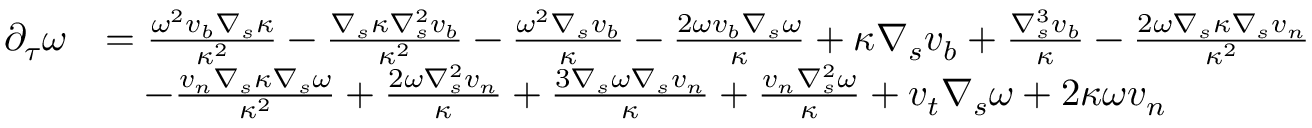
\begin{array} { r l } { \partial _ { \tau } \omega } & { = \frac { \omega ^ { 2 } v _ { b } \nabla _ { s } \kappa } { \kappa ^ { 2 } } - \frac { \nabla _ { s } \kappa \nabla _ { s } ^ { 2 } v _ { b } } { \kappa ^ { 2 } } - \frac { \omega ^ { 2 } \nabla _ { s } v _ { b } } { \kappa } - \frac { 2 \omega v _ { b } \nabla _ { s } \omega } { \kappa } + \kappa \nabla _ { s } v _ { b } + \frac { \nabla _ { s } ^ { 3 } v _ { b } } { \kappa } - \frac { 2 \omega \nabla _ { s } \kappa \nabla _ { s } v _ { n } } { \kappa ^ { 2 } } } \\ & { \quad - \frac { v _ { n } \nabla _ { s } \kappa \nabla _ { s } \omega } { \kappa ^ { 2 } } + \frac { 2 \omega \nabla _ { s } ^ { 2 } v _ { n } } { \kappa } + \frac { 3 \nabla _ { s } \omega \nabla _ { s } v _ { n } } { \kappa } + \frac { v _ { n } \nabla _ { s } ^ { 2 } \omega } { \kappa } + v _ { t } \nabla _ { s } \omega + 2 \kappa \omega v _ { n } } \end{array}